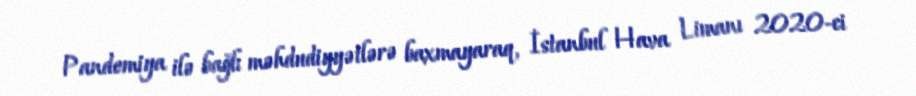
Pandemiya ilə bağlı məhdudiyyətlərə baxmayaraq, İstanbul Hava Limanı 2020-ci